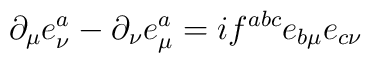
\partial_\mu e^a_\nu-\partial_\nu e^a_\mu = if^{abc} e_{b\mu} e_{c\nu}